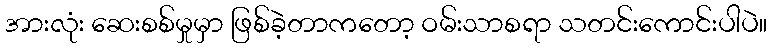
အားလုံး ဆေးစစ်မှုမှာ ဖြစ်ခဲ့တာကတော့ ဝမ်းသာစရာ သတင်းကောင်းပါပဲ။